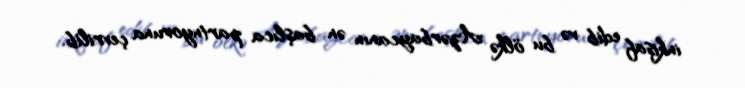
inkişaf edib və bu ölkə Azərbaycanın ən başlıca partnyoruna çevrilib.